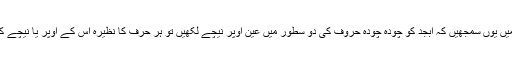
دوسرے لفظوں میں یوں سمجھیں کہ ابجد کو چودہ چودہ حروف کی دو سطور میں عین اوپر نیچے لکھیں تو ہر حرف کا نظیرہ اس کے اوپر یا نیچے کا مد مقابل ہوگا ۔